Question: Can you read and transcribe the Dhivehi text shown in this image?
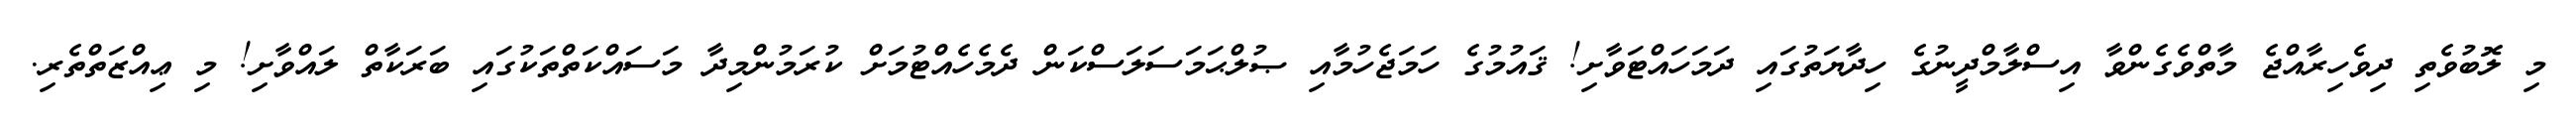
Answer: މި ލޮބުވެތި ދިވެހިރާއްޖެ މާތްވެގެންވާ އިސްލާމްދީނުގެ ހިދާޔަތުގައި ދަމަހައްޓަވާށި! ޤައުމުގެ ހަމަޖެހުމާއި ޞުލްޙަމަސަލަސްކަން ދެމެހެއްޓުމަށް ކުރަމުންމިދާ މަސައްކަތްތަކުގައި ބަރަކާތް ލައްވާށި! މި ޢިއްޒަތްތެރި.